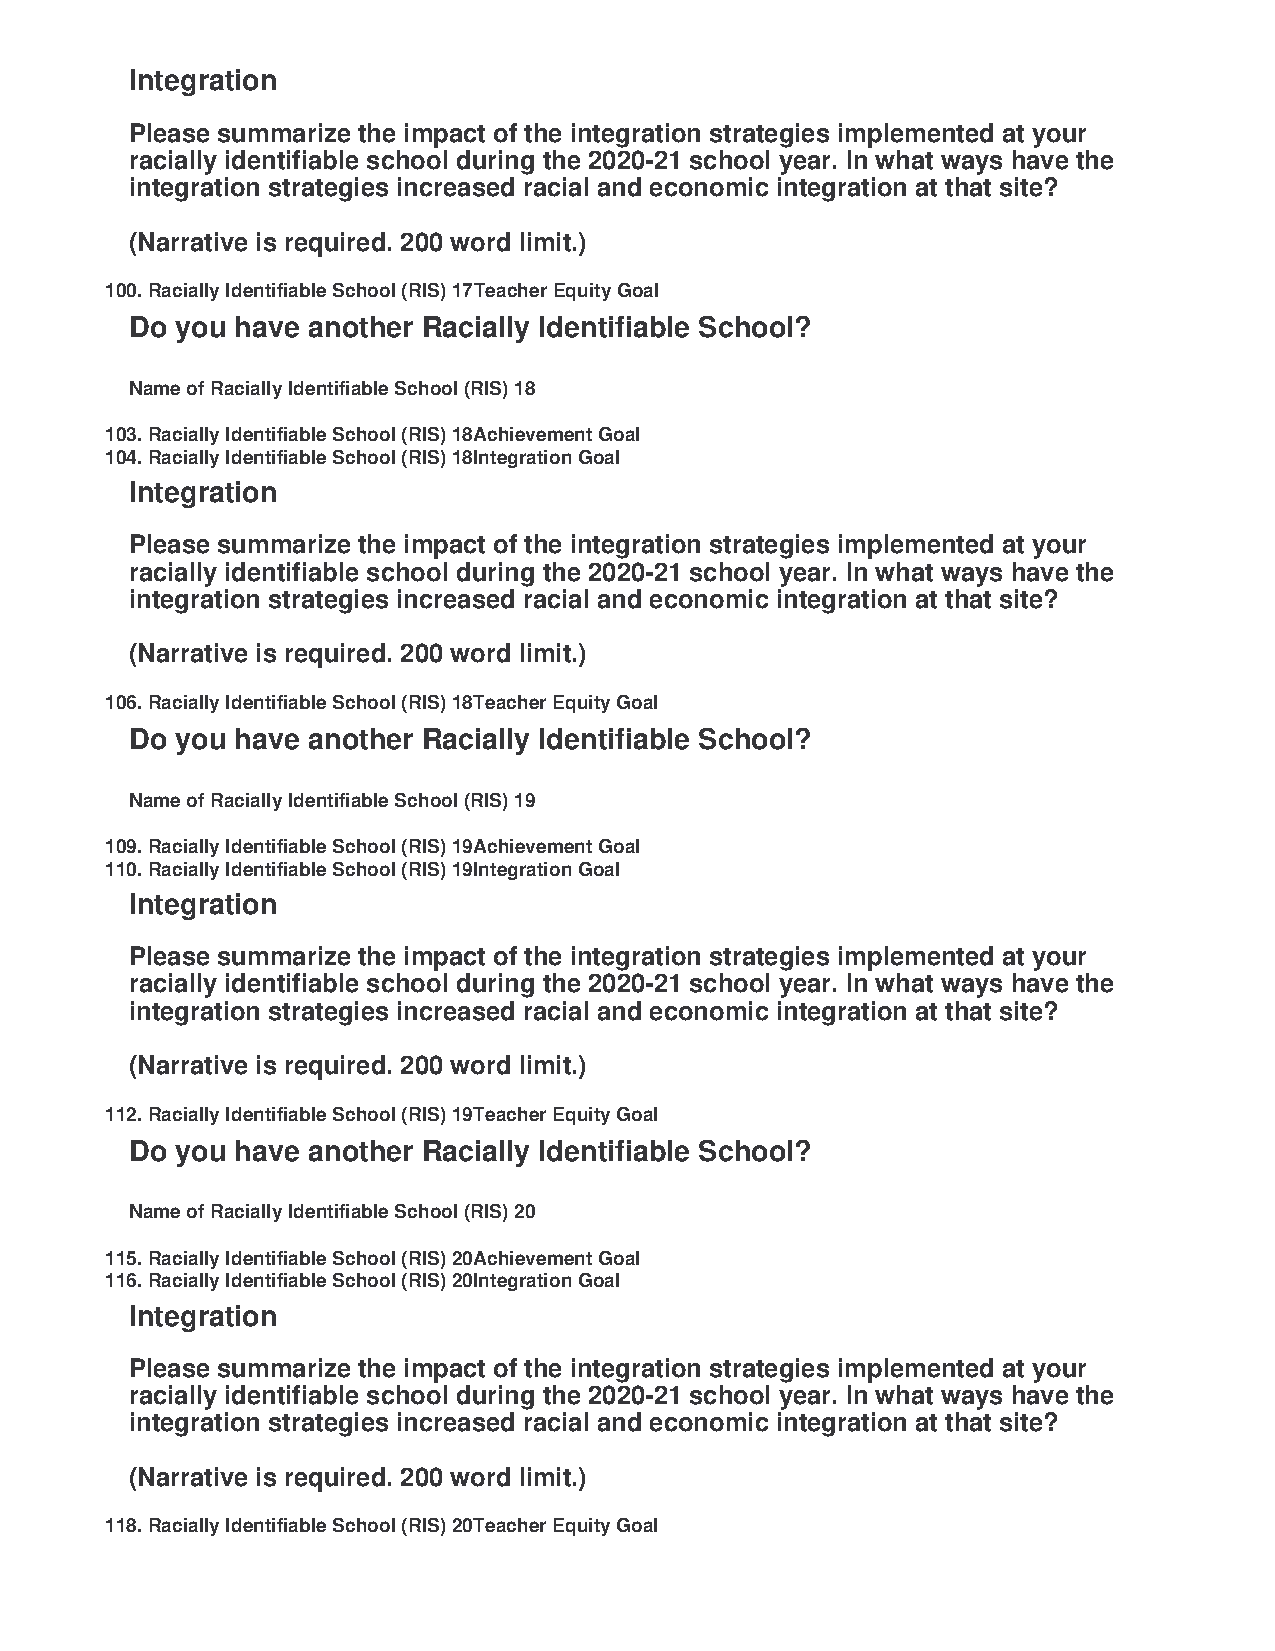
Integration
 Please summarize the impact of the integration strategies implemented at your
 racially identifiable school during the 2020-21 school year. In what ways have the
 integration strategies increased racial and economic integration at that site?
 (Narrative is required. 200 word limit.)
 100. Racially Identifiable School (RIS) 17 Teacher Equity Goal
 Do you have another Racially Identifiable School?
 Name of Racially Identifiable School (RIS) 18
 103. Racially Identifiable School (RIS) 18 Achievement Goal
 104. Racially Identifiable School (RIS) 18 Integration Goal
 Integration
 Please summarize the impact of the integration strategies implemented at your
 racially identifiable school during the 2020-21 school year. In what ways have the
 integration strategies increased racial and economic integration at that site?
 (Narrative is required. 200 word limit.)
 106. Racially Identifiable School (RIS) 18 Teacher Equity Goal
 Do you have another Racially Identifiable School?
 Name of Racially Identifiable School (RIS) 19
 109. Racially Identifiable School (RIS) 19 Achievement Goal
 110. Racially Identifiable School (RIS) 19 Integration Goal
 Integration
 Please summarize the impact of the integration strategies implemented at your
 racially identifiable school during the 2020-21 school year. In what ways have the
 integration strategies increased racial and economic integration at that site?
 (Narrative is required. 200 word limit.)
 112. Racially Identifiable School (RIS) 19 Teacher Equity Goal
 Do you have another Racially Identifiable School?
 Name of Racially Identifiable School (RIS) 20
 115. Racially Identifiable School (RIS) 20 Achievement Goal
 116. Racially Identifiable School (RIS) 20 Integration Goal
 Integration
 Please summarize the impact of the integration strategies implemented at your
 racially identifiable school during the 2020-21 school year. In what ways have the
 integration strategies increased racial and economic integration at that site?
 (Narrative is required. 200 word limit.)
 118. Racially Identifiable School (RIS) 20 Teacher Equity Goal